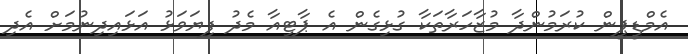
އެމްޑީޕީން ކުރަމުންދާ މުޒާހަރާތަކާ ގުޅިގެން އެ ޕާޓީއާ މެދު ފިޔަވަޅު އަޅައިދިނުމަށް އެދި